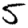
Digit: 5